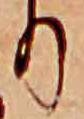
り